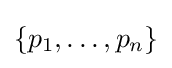
\{p_{1},\ldots ,p_{n}\}